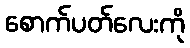
စောက်ပတ်လေးကို